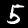
Label: 5